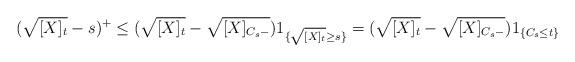
LaTeX: \begin{align*}(\sqrt{[X]_t}-s)^+ \leq (\sqrt{[X]_t} - \sqrt{[X]_{C_s -}}) 1_{\{ \sqrt{[X]_t} \geq s \}} = (\sqrt{[X]_t} - \sqrt{[X]_{C_s -}}) 1_{\{ C_{s} \leq t \}} \end{align*}